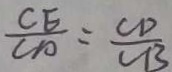
\frac { C E } { C A } = \frac { C D } { C B }